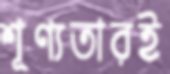
শূণ্যতারই